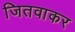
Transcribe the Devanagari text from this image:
जितवाकर